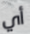
أي